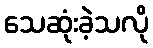
သေဆုံးခဲ့သလို